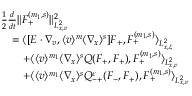
\begin{array} { r l } & { \frac { 1 } { 2 } \frac { d } { d t } \| F _ { + } ^ { ( m _ { 1 } , s ) } \| _ { L _ { x , v } ^ { 2 } } ^ { 2 } } \\ & { \quad = \langle [ E \cdot \nabla _ { v } , \langle v \rangle ^ { m } \langle \nabla _ { x } \rangle ^ { s } ] F _ { + } , F _ { + } ^ { ( m _ { 1 } , s ) } \rangle _ { L _ { x , \xi } ^ { 2 } } } \\ & { \quad \quad + \langle \langle v \rangle ^ { m _ { 1 } } \langle \nabla _ { x } \rangle ^ { s } Q ( F _ { + } , F _ { + } ) , F _ { + } ^ { ( m _ { 1 } , s ) } \rangle _ { L _ { x , v } ^ { 2 } } } \\ & { \quad \quad + \langle \langle v \rangle ^ { m _ { 1 } } \langle \nabla _ { x } \rangle ^ { s } Q _ { - + } ^ { \varepsilon } ( F _ { - } , F _ { + } ) , F _ { + } ^ { ( m _ { 1 } , s ) } \rangle _ { L _ { x , v } ^ { 2 } } } \end{array}